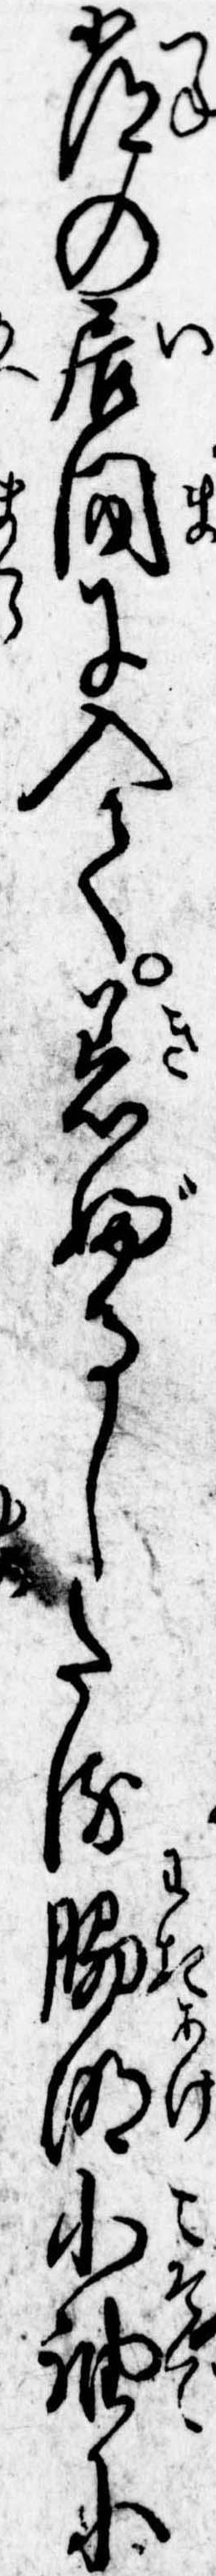
常の居間に入て着ぶるしたる脇明小袖に